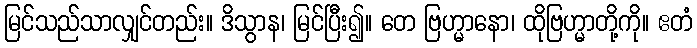
မြင်သည်သာလျှင်တည်း။ ဒိသွာန၊ မြင်ပြီး၍။ တေ ဗြဟ္မာနော၊ ထိုဗြဟ္မာတို့ကို။ ဧတံ